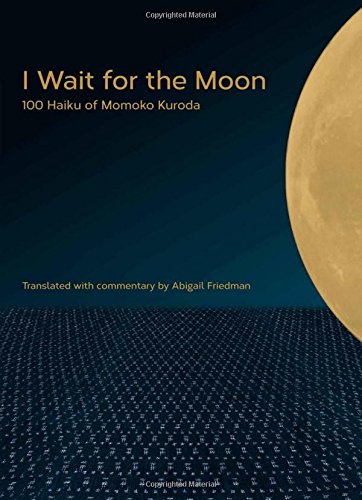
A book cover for I Wait for the Moon: 100 Haiku of Momoko Kuroda; Momoko Kuroda; Literature & Fiction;